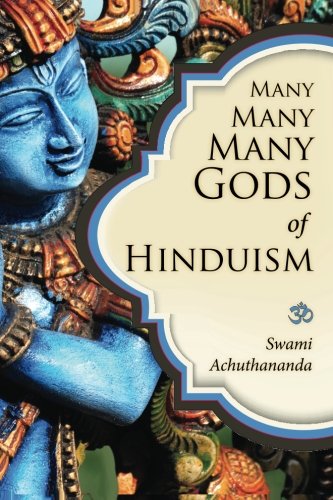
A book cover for Many Many Many Gods of Hinduism: Turning believers into non-believers and non-believers into believers; Swami Achuthananda; Religion & Spirituality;